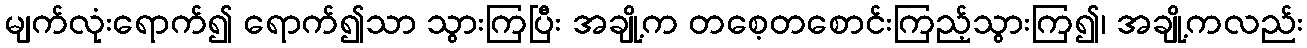
မျက်လုံးရောက်၍ ရောက်၍သာ သွားကြပြီး အချို့က တစေ့တစောင်းကြည့်သွားကြ၍၊ အချို့ကလည်း